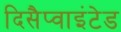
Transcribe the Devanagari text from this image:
दिसैप्वाइंटेड